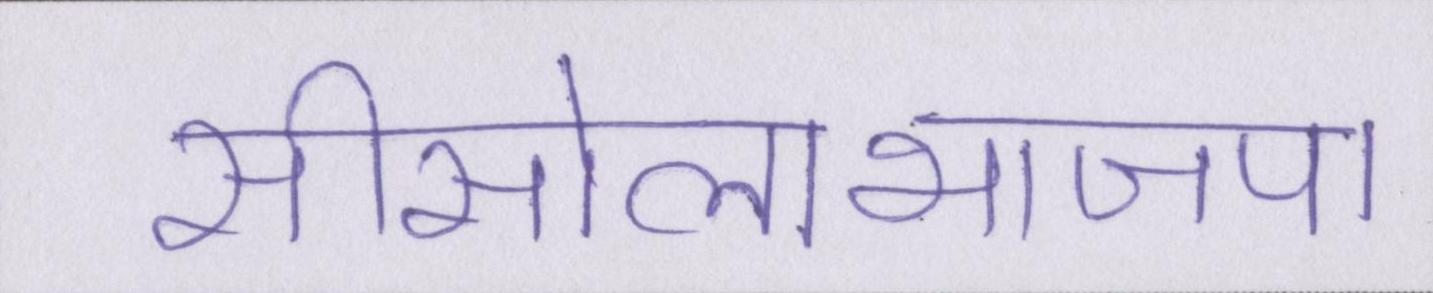
सीसोलाभाजपा